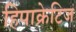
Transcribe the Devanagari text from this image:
हिपाक्रेटिज